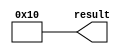
// megafunction wizard: %LPM_CONSTANT%
// GENERATION: STANDARD
// VERSION: WM1.0
// MODULE: LPM_CONSTANT 

// ============================================================
// Megafunction Name(s):
// 			LPM_CONSTANT
//
// Simulation Library Files(s):
// 			
// ============================================================
// ************************************************************
// THIS IS A WIZARD-GENERATED FILE. DO NOT EDIT THIS FILE!
//
// 17.0.0 Build 595 04/25/2017 SJ Standard Edition
// ************************************************************


//Copyright (C) 2017  Intel Corporation. All rights reserved.
//Your use of Intel Corporation's design tools, logic functions 
//and other software and tools, and its AMPP partner logic 
//functions, and any output files from any of the foregoing 
//(including device programming or simulation files), and any 
//associated documentation or information are expressly subject 
//to the terms and conditions of the Intel Program License 
//Subscription Agreement, the Intel Quartus Prime License Agreement,
//the Intel MegaCore Function License Agreement, or other 
//applicable license agreement, including, without limitation, 
//that your use is for the sole purpose of programming logic 
//devices manufactured by Intel and sold by Intel or its 
//authorized distributors.  Please refer to the applicable 
//agreement for further details.


//lpm_constant CBX_AUTO_BLACKBOX="ALL" ENABLE_RUNTIME_MOD="NO" LPM_CVALUE=00000010 LPM_WIDTH=32 result
//VERSION_BEGIN 17.0 cbx_lpm_constant 2017:04:25:18:06:29:SJ cbx_mgl 2017:04:25:18:09:28:SJ  VERSION_END
// synthesis VERILOG_INPUT_VERSION VERILOG_2001
// altera message_off 10463


//synthesis_resources = 
//synopsys translate_off
`timescale 1 ps / 1 ps
//synopsys translate_on
module  constant16_lpm_constant_s09
	( 
	result) ;
	output   [31:0]  result;


	assign
		result = 32'b00000000000000000000000000010000;
endmodule //constant16_lpm_constant_s09
//VALID FILE


// synopsys translate_off
`timescale 1 ps / 1 ps
// synopsys translate_on
module constant16 (
	result);

	output	[31:0]  result;

	wire [31:0] sub_wire0;
	wire [31:0] result = sub_wire0[31:0];

	constant16_lpm_constant_s09	constant16_lpm_constant_s09_component (
				.result (sub_wire0));

endmodule

// ============================================================
// CNX file retrieval info
// ============================================================
// Retrieval info: PRIVATE: INTENDED_DEVICE_FAMILY STRING "Cyclone IV E"
// Retrieval info: PRIVATE: JTAG_ENABLED NUMERIC "0"
// Retrieval info: PRIVATE: JTAG_ID STRING "NONE"
// Retrieval info: PRIVATE: Radix NUMERIC "10"
// Retrieval info: PRIVATE: SYNTH_WRAPPER_GEN_POSTFIX STRING "0"
// Retrieval info: PRIVATE: Value NUMERIC "16"
// Retrieval info: PRIVATE: nBit NUMERIC "32"
// Retrieval info: PRIVATE: new_diagram STRING "1"
// Retrieval info: LIBRARY: lpm lpm.lpm_components.all
// Retrieval info: CONSTANT: LPM_CVALUE NUMERIC "16"
// Retrieval info: CONSTANT: LPM_HINT STRING "ENABLE_RUNTIME_MOD=NO"
// Retrieval info: CONSTANT: LPM_TYPE STRING "LPM_CONSTANT"
// Retrieval info: CONSTANT: LPM_WIDTH NUMERIC "32"
// Retrieval info: USED_PORT: result 0 0 32 0 OUTPUT NODEFVAL "result[31..0]"
// Retrieval info: CONNECT: result 0 0 32 0 @result 0 0 32 0
// Retrieval info: GEN_FILE: TYPE_NORMAL constant16.v TRUE
// Retrieval info: GEN_FILE: TYPE_NORMAL constant16.inc FALSE
// Retrieval info: GEN_FILE: TYPE_NORMAL constant16.cmp FALSE
// Retrieval info: GEN_FILE: TYPE_NORMAL constant16.bsf TRUE
// Retrieval info: GEN_FILE: TYPE_NORMAL constant16_inst.v FALSE
// Retrieval info: GEN_FILE: TYPE_NORMAL constant16_bb.v TRUE